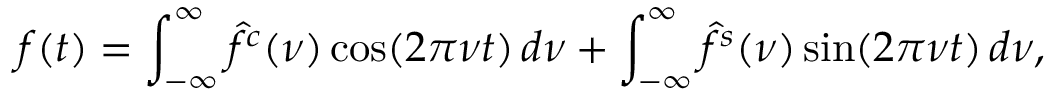
f ( t ) = \int _ { - \infty } ^ { \infty } { \hat { f } } ^ { c } ( \nu ) \cos ( 2 \pi \nu t ) \, d \nu + \int _ { - \infty } ^ { \infty } { \hat { f } } ^ { s } ( \nu ) \sin ( 2 \pi \nu t ) \, d \nu ,